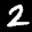
Label: 2